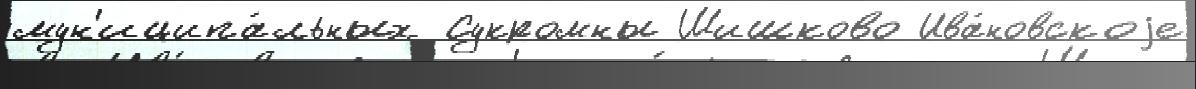
мун'иципа́льных Сукромны Шишково Ива́новскоjе